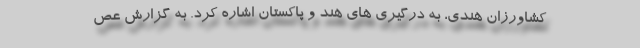
کشاورزان هندی، به درگیری های هند و پاکستان اشاره کرد. به گزارش عص